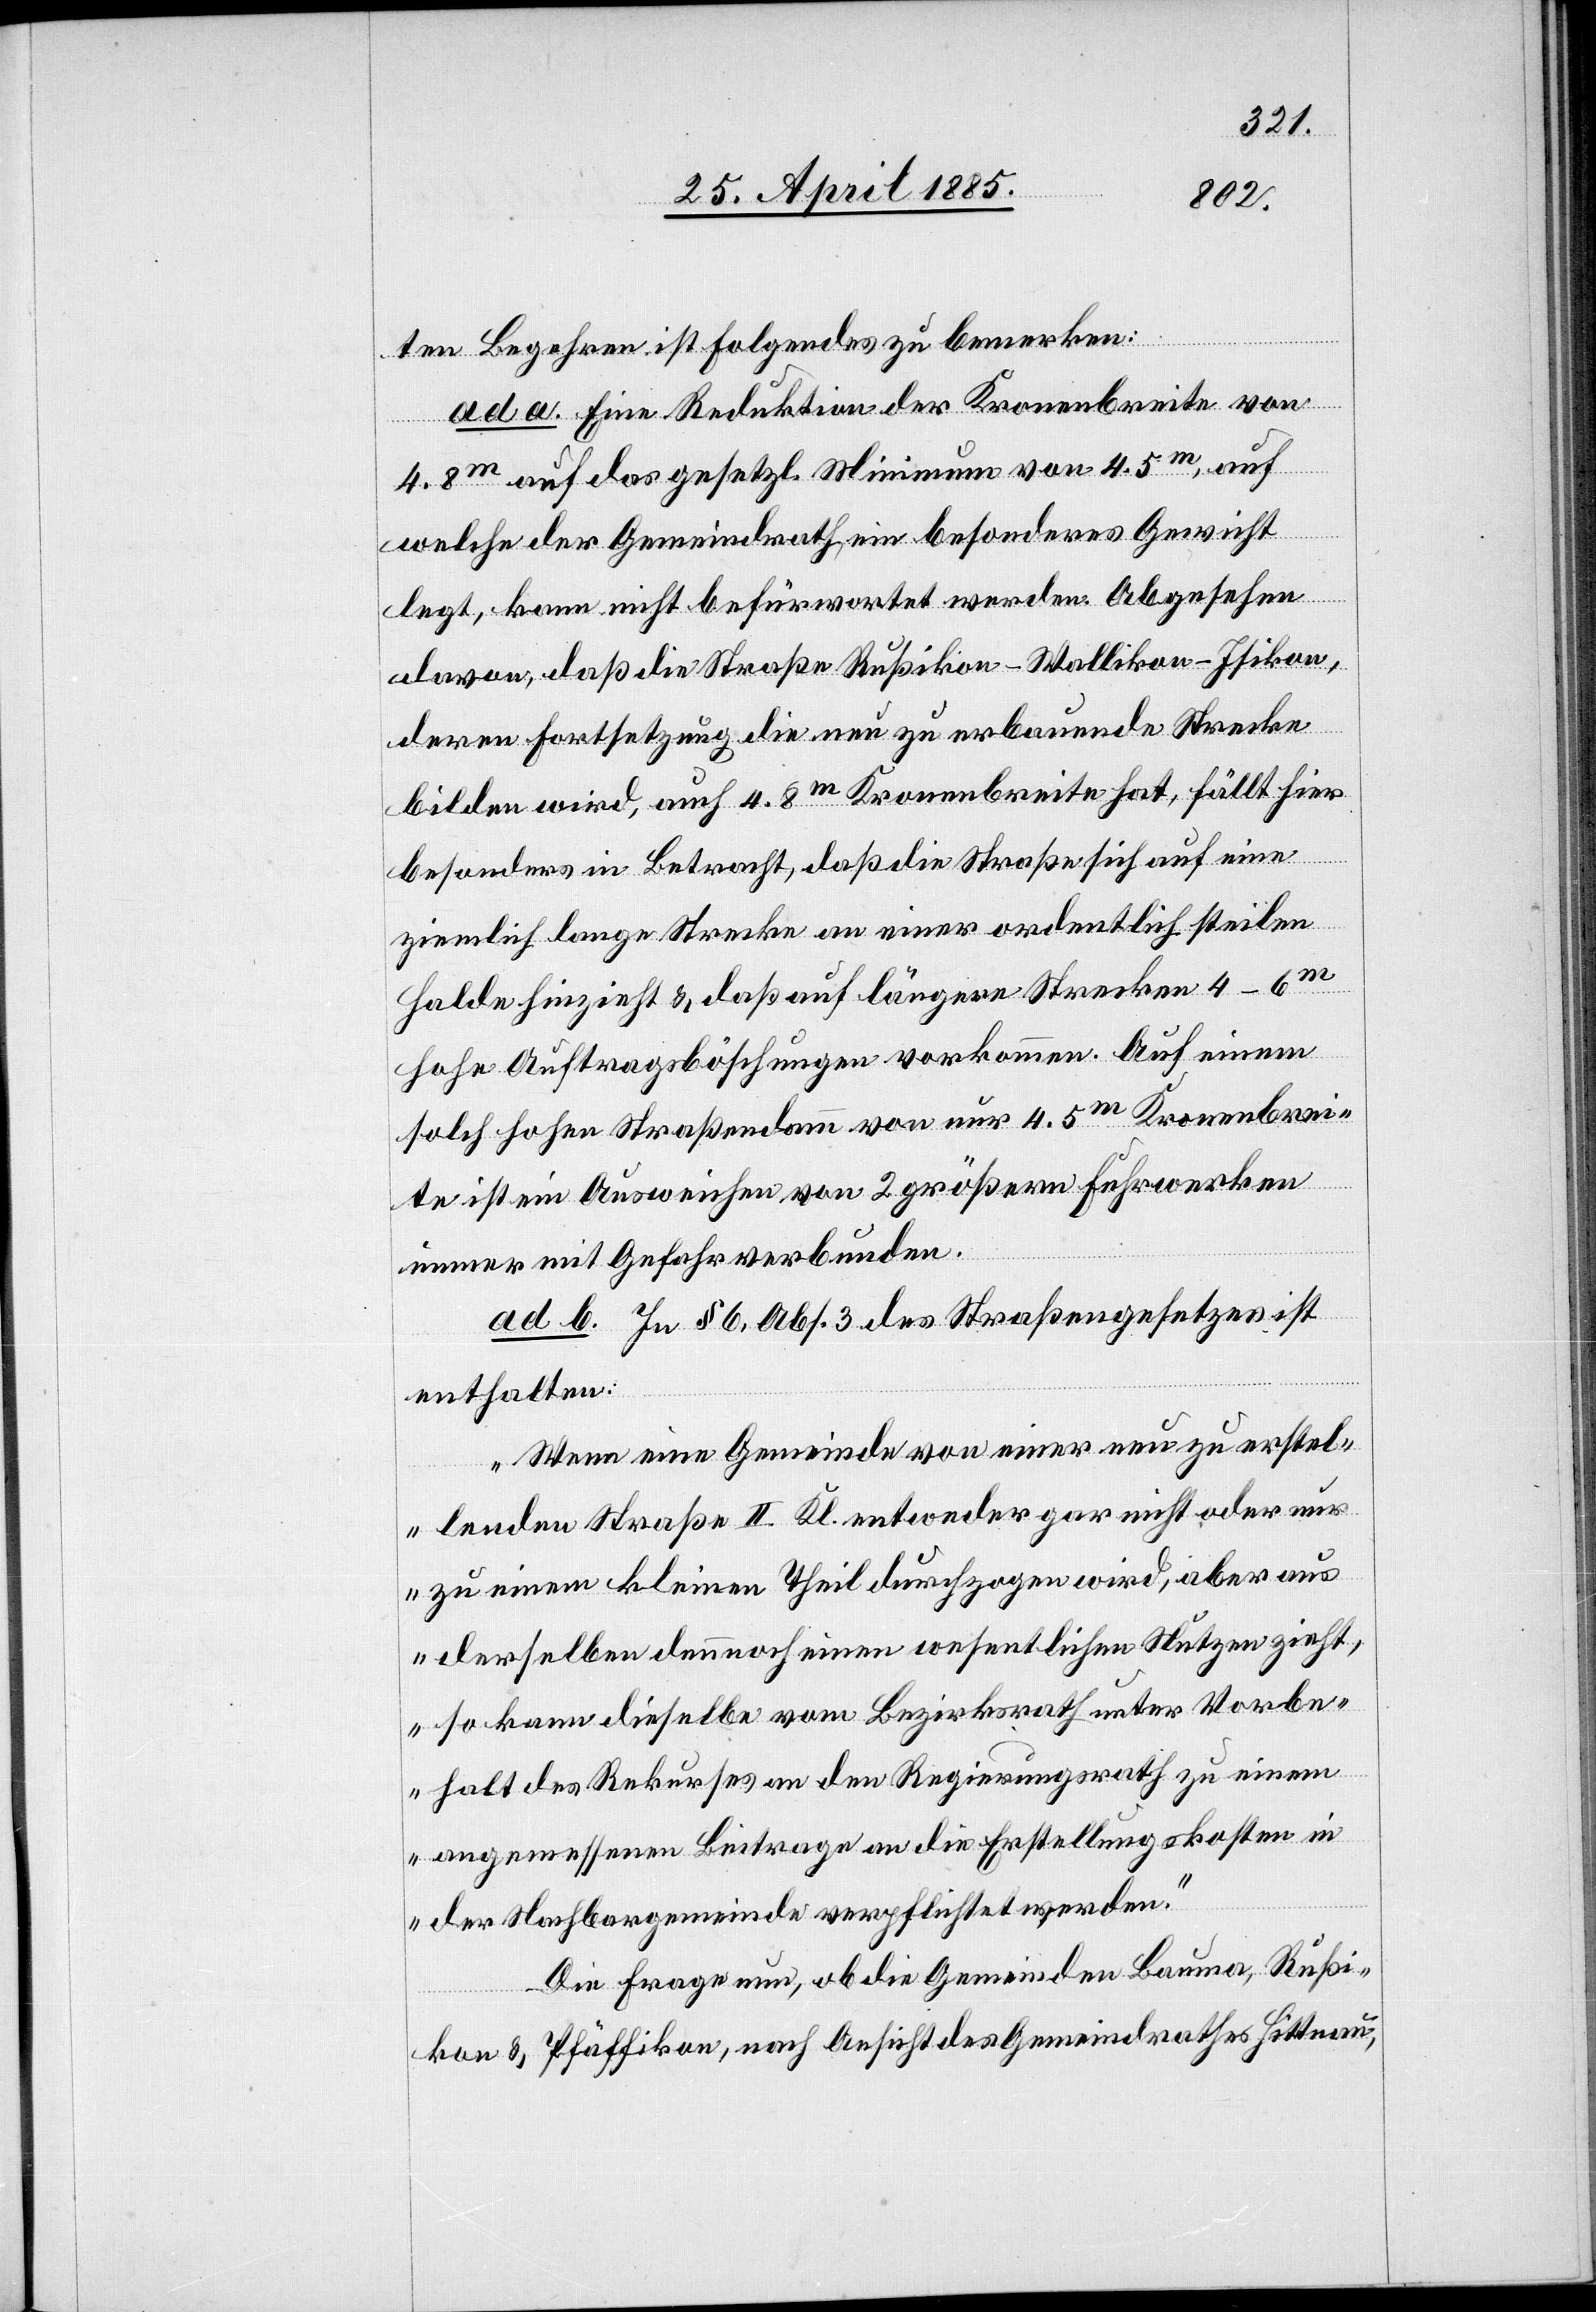
ten Begehren ist folgendes zu bemerken:
ad a. Eine Reduktion der Kronenbreite von
4.8 m auf das gesetzl. Minimum von 4.5 m, auf
welche der Gemeindrath, ein besonderes Gewicht
legt, kann nicht befürwortet werden. Abgesehen
davon, daß die Straße Rußikon–Wallikon–Isikon,
deren Fortsetzung die neu zu erbauende Strecke
bilden wird, auch 4.8 m Kronenbreite hat, fällt hier
besonders in Betracht, daß die Straße sich auf eine
ziemlich lange Strecke an einer ordentlich steilen
Halde hinzieht & daß auf längere Strecken 4–6 m
hohe Auftragsböschungen vorkommen. Auf einem
solch hohen Straßendamm von nur 4.5 m Kronenbrei¬
te ist ein Ausweichen von 2 größeren Fuhrwerken
immer mit Gefahr verbunden.
ad b. In§ 6, Abs. 3 des Straßengesetzes ist
enthalten:
„Wenn eine Gemeinde von einer neu zu erstel¬
lenden Straße II. Kl. entweder gar nicht oder nur
zu einem kleinen Theil durchzogen wird, aber aus
derselben dennoch einen wesentlichen Nutzen zieht,
so kann dieselbe vom Bezirksrath unter Vorbe¬
halt des Rekurses an den Regierungsrath zu einem
angemessenen Beitrage an die Erstellungskosten in
der Nachbargemeinde verpflichtet werden.“
Die Frage nun, ob die Gemeinden Bauma, Rußi¬
kon & Pfäffikon, nach Ansicht des Gemeindrathes Hittnau,